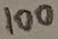
Text: 100